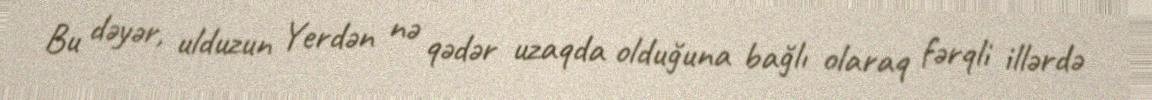
Bu dəyər, ulduzun Yerdən nə qədər uzaqda olduğuna bağlı olaraq fərqli illərdə